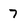
Character: 7